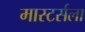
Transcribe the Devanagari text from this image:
मास्टर्सला